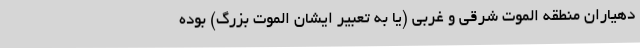
دهیاران منطقه الموت شرقی و غربی (یا به تعبیر ایشان الموت بزرگ) بوده